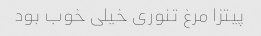
پیتزا مرغ تنوری خیلی خوب بود